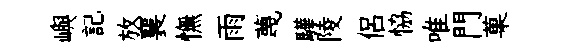
嶼記放襄憮雨蔑驊陵侣恊唯門菓